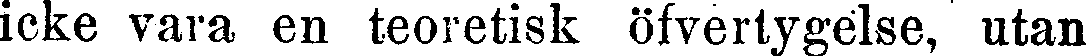
icke vara en teoretisk öfvertygelse, utan